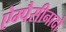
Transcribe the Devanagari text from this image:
ऐम्पैसीनादो